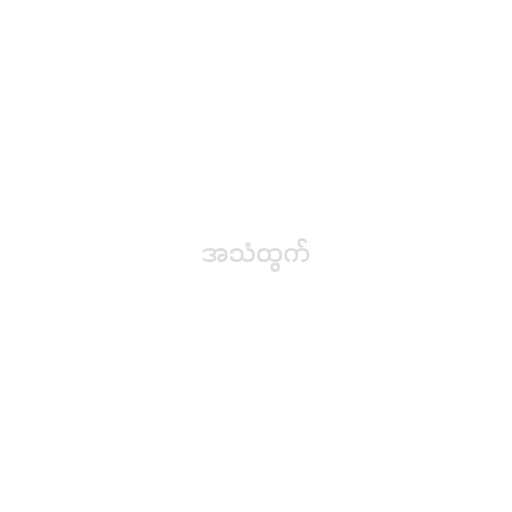
အသံထွက်